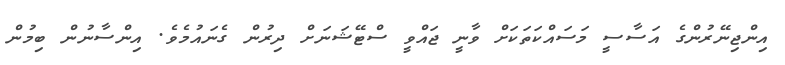
އިންޖިނޭރުންގެ އަސާސީ މަސައްކަތަކަށް ވާނީ ޖައްވީ ސްޓޭޝަނަށް ދިރުން ގެނައުމެވެ. އިންސާނުން ބިމުން